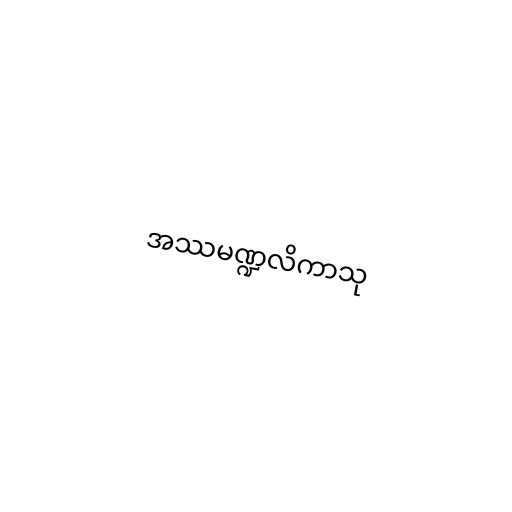
အဿမဏ္ဍလိကာသု